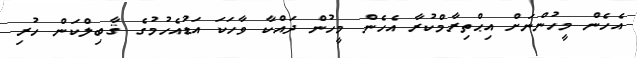
އެހެން މީހުންނަށް އިޙްތިރާމްކުރާ އެހެން މީހުން ދައްކާ ވާހަކަ އަޑުއެހުމުގެ ޤާބިލްކަން ހުރި